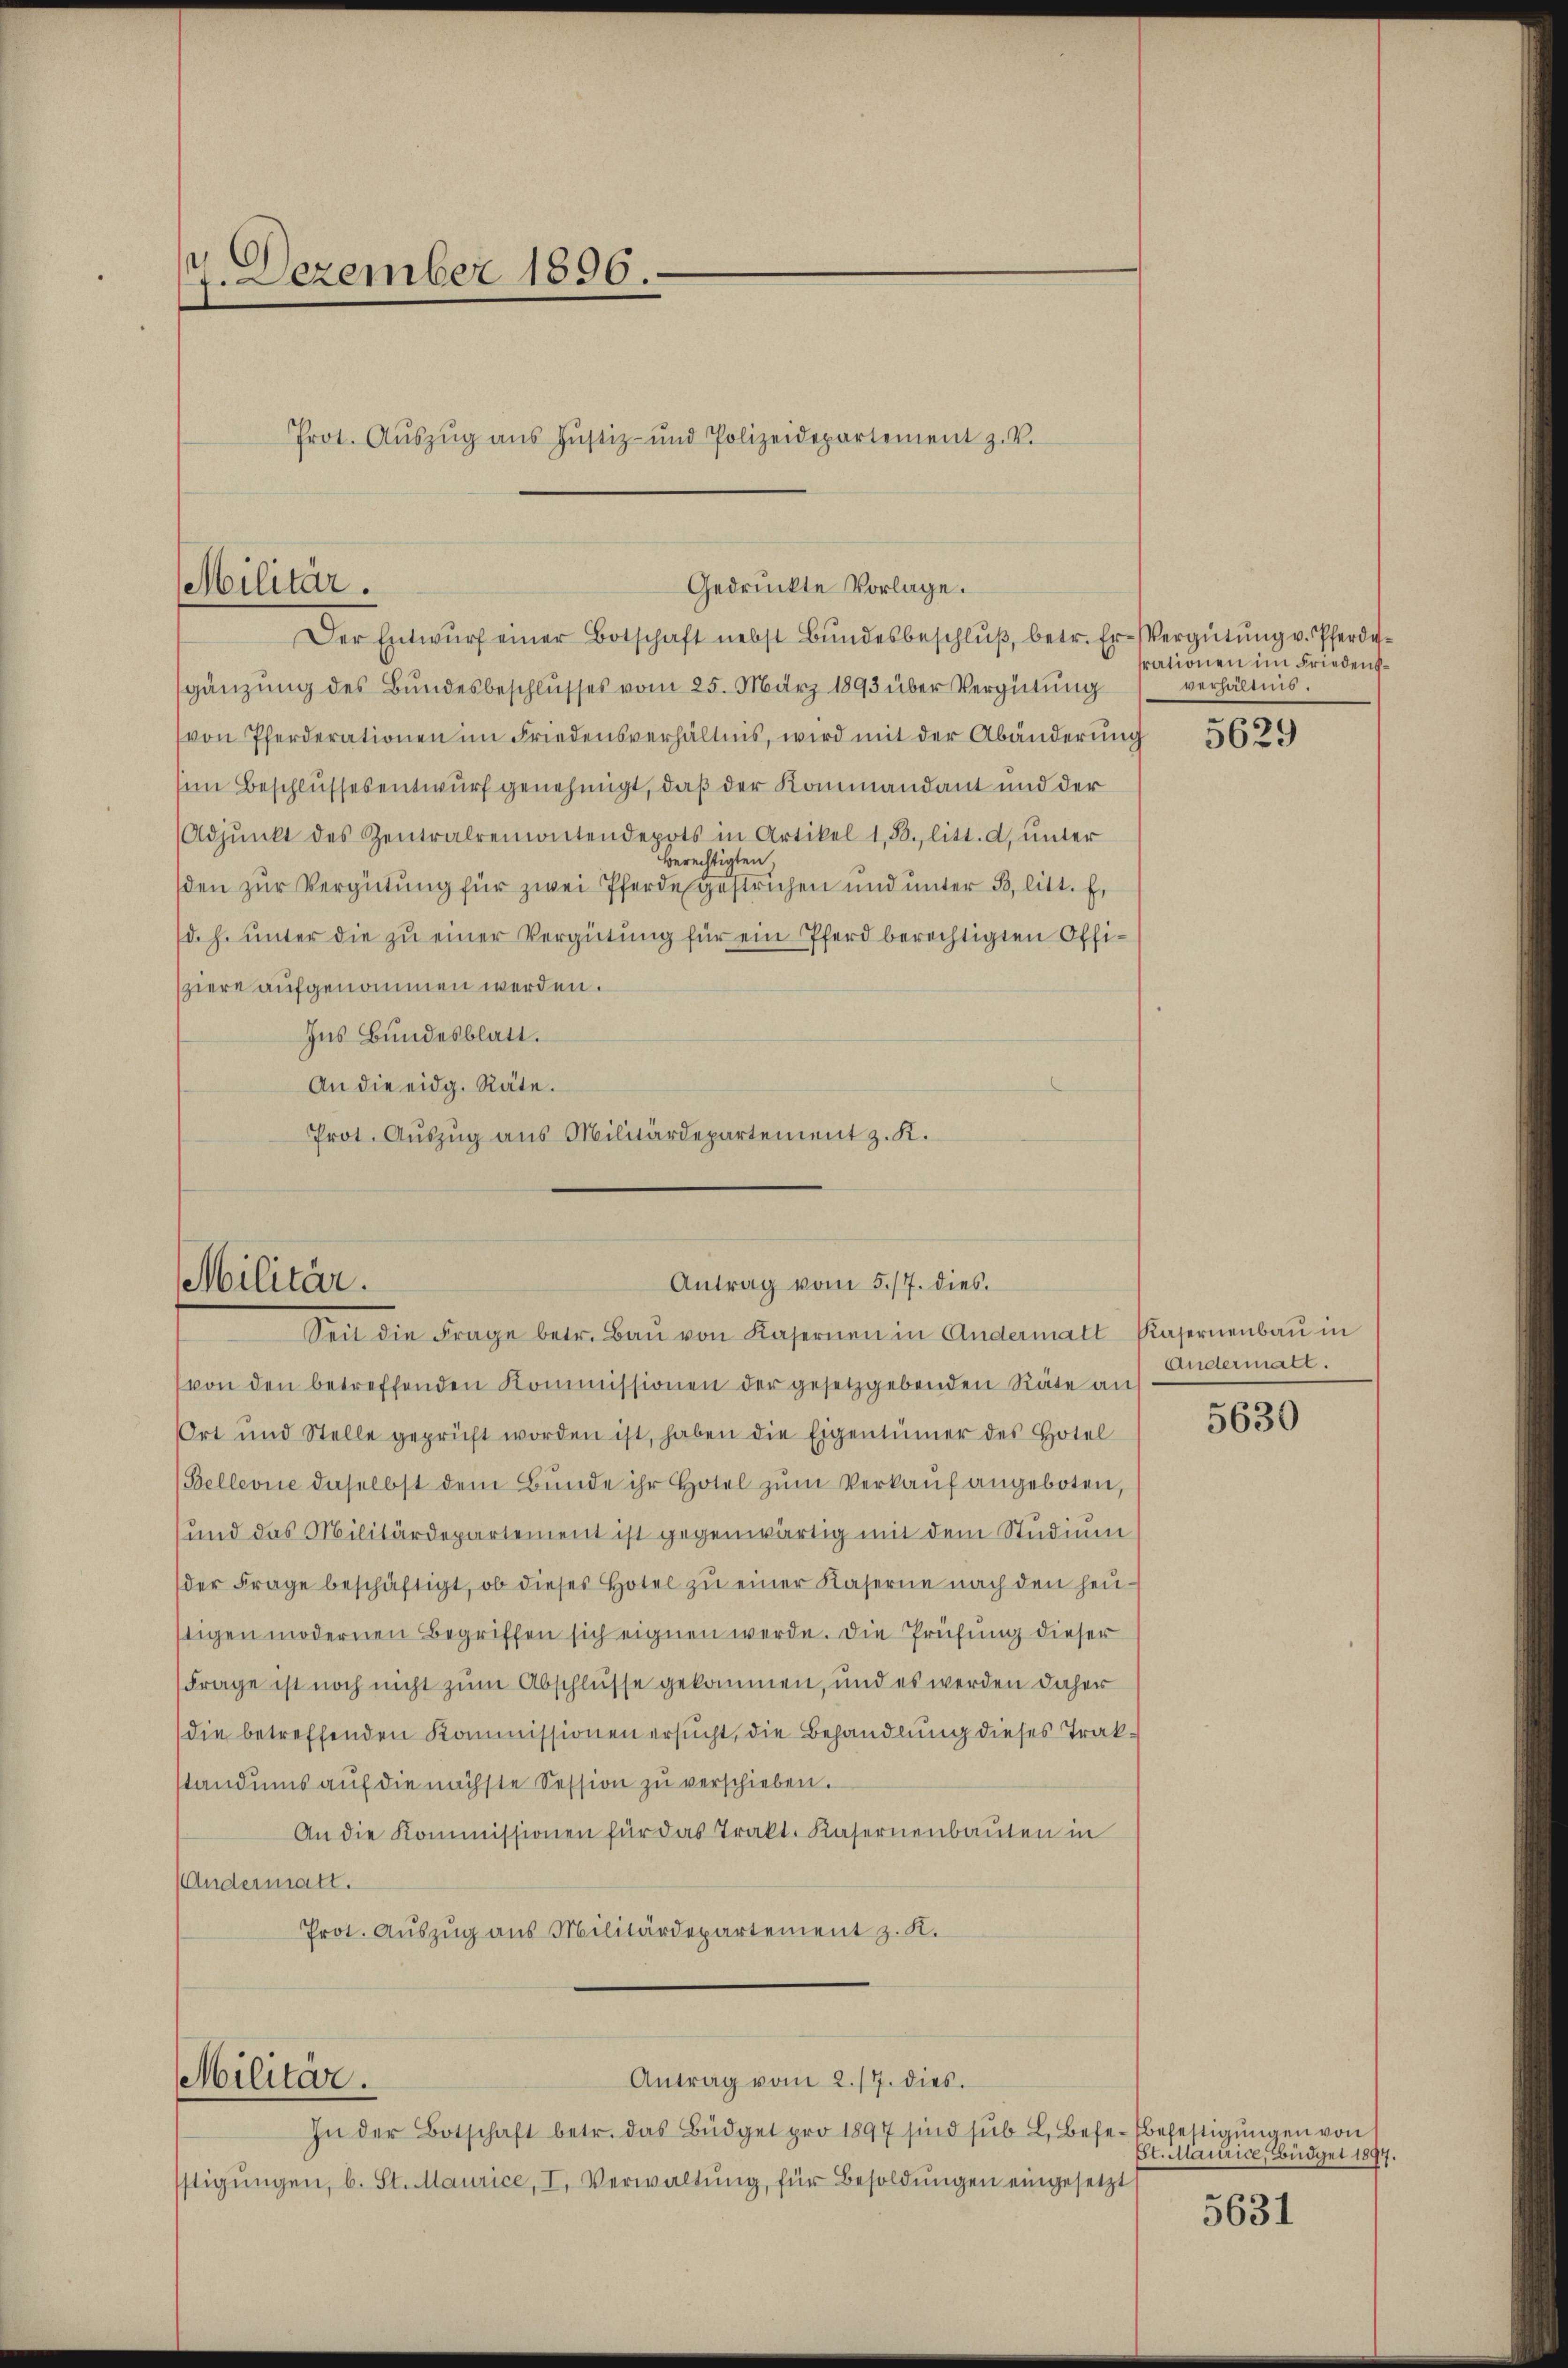
7. Dezember 1896.
Prot. Aŭszŭg aŭs Hŭstiz- und Polizeidepartement z. V.

Der Entwŭrf einer Botschaft nebst Bŭndesbeschlŭβ, betr. Er- Vergütŭng v. Pferde-
gänzung des Bundesbeschlusses vom 25. März 1893 über Vergütung
von Pferderationen im Friedensverhältnis, wird mit der Abänderŭng
sem Beschlussesentwurf genehmigt, daß der Kommandant und der
Adpŭnkt des Zentralremontendepots in Artikel 1, B. litt. d, ŭnter
Berechtigten.
sden zur Vergütung für zwei Pferde gestrichen und unter B, litt. f,
(d. h. unter die zu einer Vergütung für ein Pferd berechtigten Offisziere aufgenommen werden.
Ins Bundesblatt.
An die eidg. Räte.
Prot. Auszug aus Militärdepartement z. K.

Militär.

Gedruckte Vorlage.

Antrag vom 5./7. dies
Militär.
Seit die Frage betr. Baŭ von Kasernen in Andermatt Kasernenbaŭ in

(von den betreffenden Kommissionen der gesetzgebenden Räte an
Ort und Stelle geprüft worden ist, haben die Eigentümer des Hotel
(Bellevue daselbst dem Bŭnde ihr Hotel zŭm Verkauf angeboten,
und das Militärdepartement ist gegenwärtig mit dem Studium
der Frage beschäftigt, ob dieses Hotel zŭ einer Kaserne nach den heŭ-
stigen modernen Begriffen sich eignen werde. Die Prüfung dieser
Frage ist noch nicht zum Abschlüsse gekommen, und es werden daher
die betreffenden Kommissionen ersucht, die Behandlung dieses Trakstandums auf die nächste Session zu verschieben.
An die Kommissionen für das Trakt. Kasernenbauten in
Andermatt.
Prot. Aŭszŭg ans Militärdepartement z. K.
Antrag vom 2./7. dies
Militär.
In der Botschaft betr. das Büdget pro 1897 sind sub L. Befe-Befestigungen von
tigŭngen, b. St. Maurice, I. Verwaltŭng, für Besoldŭngen eingesetzt

srationen im Friedensverhältnis.

5629

Andermalt.

5630

Et. Maurice, Büdget 1897.

5631